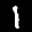
Label: 1